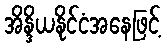
အိန္ဒိယနိုင်ငံအနေဖြင့်